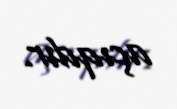
açıqdır.